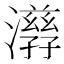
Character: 𤂇